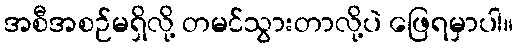
အစီအစဉ်မရှိလို့ တမင်သွားတာလို့ပဲ ဖြေရမှာပါ။